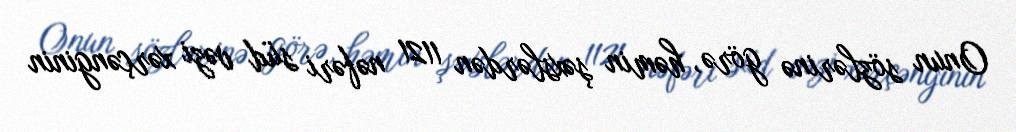
Onun sözlərinə görə, həmin şəxslərdən 1121 nəfəri süd vəzi xərçənginin